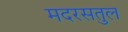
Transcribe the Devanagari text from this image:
मदरसतुल